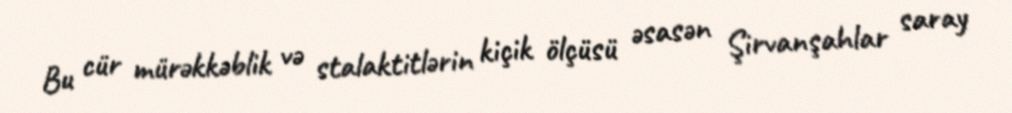
Bu cür mürəkkəblik və stalaktitlərin kiçik ölçüsü əsasən Şirvanşahlar saray